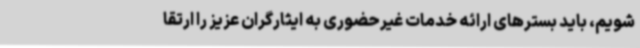
شویم، باید بسترهای ارائه خدمات غیرحضوری به ایثارگران عزیز را ارتقا